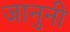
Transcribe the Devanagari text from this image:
जानुनी